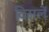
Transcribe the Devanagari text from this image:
दिसलें